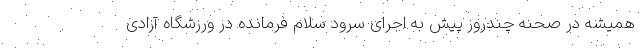
همیشه در صحنه چندروز پیش به اجرای سرود سلام فرمانده در ورزشگاه آزادی